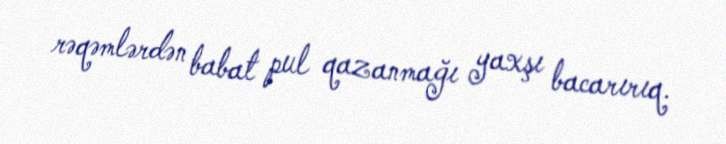
rəqəmlərdən babat pul qazanmağı yaxşı bacarırıq.